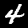
Label: 4